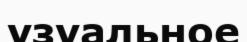
узуальное